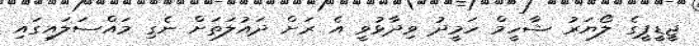
ޖީޑީޕީގެ ލޯޔަރު ޝާހީމް ހަމީދު ވިދާޅުވީ އެ ރަށް ދައުލަތަށް ނެގި މައްސަލައިގައި